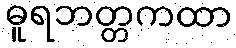
ဓူရဘတ္တကထာ